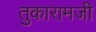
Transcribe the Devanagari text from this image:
तुकारामजी